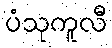
ပံသုကူလီ